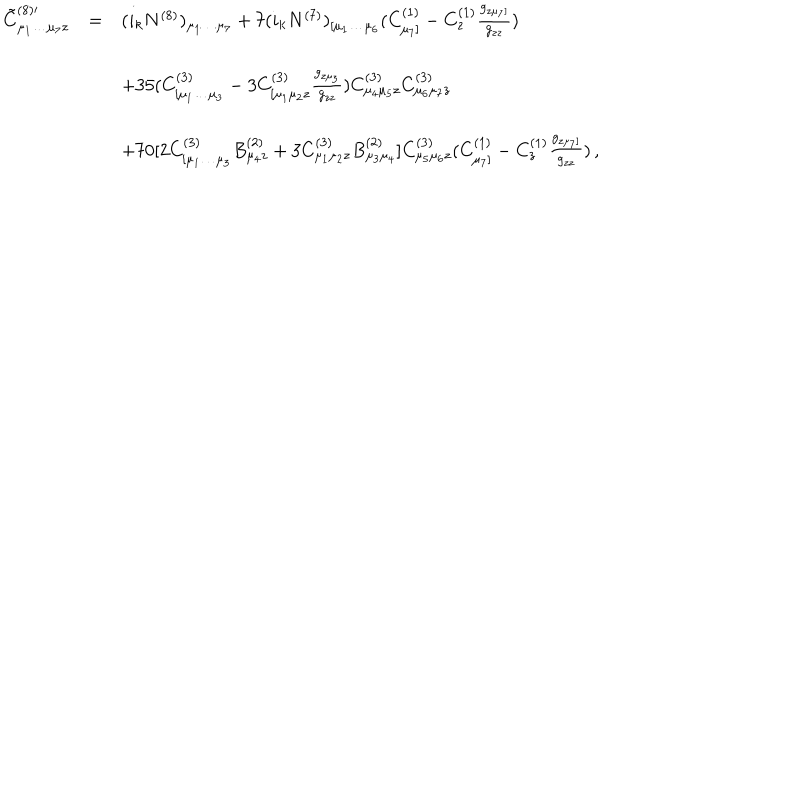
\begin{array} { r c l } { { { \tilde { C } } _ { \mu _ { 1 } \dots \mu _ { 7 } z } ^ { ( 8 ) \prime } } } & { { = } } & { { ( i _ { k } N ^ { ( 8 ) } ) _ { \mu _ { 1 } \dots \mu _ { 7 } } + 7 ( i _ { k } N ^ { ( 7 ) } ) _ { [ \mu _ { 1 } \dots \mu _ { 6 } } ( C _ { \mu _ { 7 } ] } ^ { ( 1 ) } - C _ { z } ^ { ( 1 ) } \frac { g _ { z \mu _ { 7 } ] } } { g _ { z z } } ) } } \\ { { } } & { { } } & { { } } \\ { { } } & { { } } & { { + 3 5 ( C _ { [ \mu _ { 1 } \dots \mu _ { 3 } } ^ { ( 3 ) } - 3 C _ { [ \mu _ { 1 } \mu _ { 2 } z } ^ { ( 3 ) } \frac { g _ { z \mu _ { 3 } } } { g _ { z z } } ) C _ { \mu _ { 4 } \mu _ { 5 } z } ^ { ( 3 ) } C _ { \mu _ { 6 } \mu _ { 7 } z } ^ { ( 3 ) } } } \\ { { } } & { { } } & { { } } \\ { { } } & { { } } & { { + 7 0 [ 2 C _ { [ \mu _ { 1 } \dots \mu _ { 3 } } ^ { ( 3 ) } B _ { \mu _ { 4 } z } ^ { ( 2 ) } + 3 C _ { \mu _ { 1 } \mu _ { 2 } z } ^ { ( 3 ) } B _ { \mu _ { 3 } \mu _ { 4 } } ^ { ( 2 ) } ] C _ { \mu _ { 5 } \mu _ { 6 } z } ^ { ( 3 ) } ( C _ { \mu _ { 7 } ] } ^ { ( 1 ) } - C _ { z } ^ { ( 1 ) } \frac { g _ { z \mu _ { 7 } ] } } { g _ { z z } } ) \, , } } \\ \end{array}